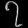
Digit: ၇